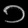
Digit: ၁